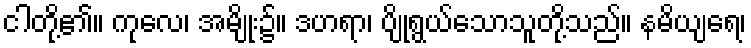
ငါတို့၏။ ကုလေ၊ အမျိုး၌။ ဒဟရာ၊ ပျိုရွယ်သောသူတို့သည်။ နမိယျရေ၊